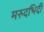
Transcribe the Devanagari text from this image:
मरुदभिदी